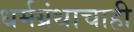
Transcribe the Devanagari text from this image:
धर्मग्रंथाचाही